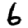
Digit: 6